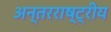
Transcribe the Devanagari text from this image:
अन्‍तरराष्ट्रीय